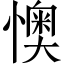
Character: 懊